Punjab Mental Hospital Lahore 1932-46 - 1932-1946
Year: 1932
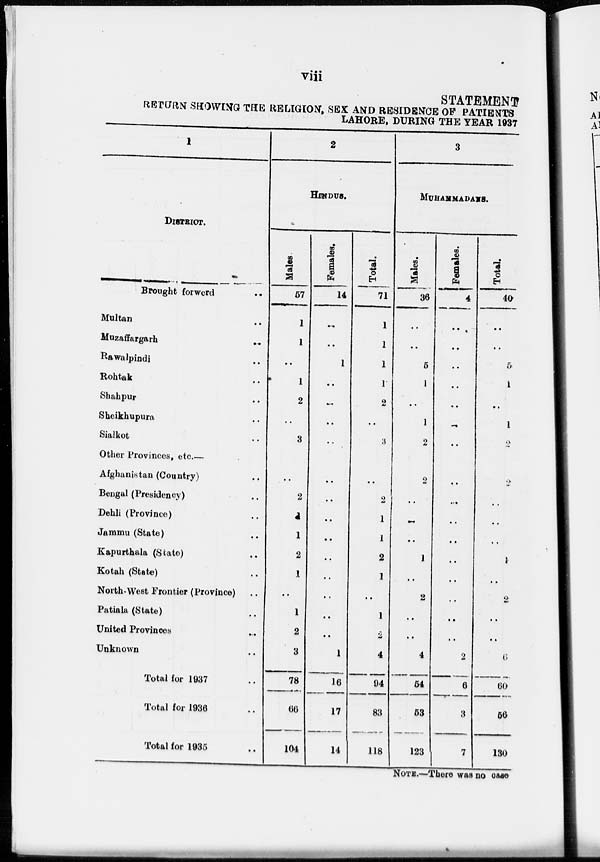
viii
STATEMENT
RETURN SHOWING THE RELIGION, SEX AND RESIDENCE OF PATIENTS
LAHORE, DURING THE YEAR 1937
1
DISTRICT.
Brought forword ..
Multan ..
Muzaffargarh
..
Rawalpindi ..
Rohtak ..
Shahpur ..
Sheikhupura ..
Sialkot ..
Other Provinces, etc.—
Afghanistan (Country) ..
Bengal (Presidency) ..
Dehli (Province) ..
Jammu (State) ..
Kapurthala (State) ..
Kotah (State) ..
North-West Frontier (Province) ..
Patiala (State) ..
United Provinces ..
Unknown ..
Total for 1937 ..
Total for 1936 ..
Total for 1935 ..
2
HINDUS.
Males
57
1
1
..
1
2
..
3
..
2
1
1
2
1
..
1
2
3
78
66
104
Females.
14
..
..
1
..
..
..
..
..
..
..
..
..
..
..
..
..
1
16
17
14
Total.
71
1
1
1
1
2
..
3
..
2
1
1
2
1
..
1
2
4
94
83
118
3
MUHAMMADANS.
Males.
36
..
..
5
1
..
1
2
2
..
..
..
1
..
2
..
..
4
54
53
123
Females.
4
..
..
..
..
..
..
..
..
..
..
..
..
..
..
..
..
2
6
3
7
Total.
40
..
..
5
1
..
1
2
2
..
..
..
1
..
2
..
..
6
60
56
130
NOTE.—There was no case